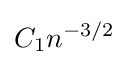
C_{1}n^{-3/2}